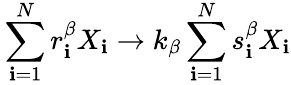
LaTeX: {}\sum_{\mathbf{i}=1}^{N}r_{\mathbf{i}}^{\beta}X_{\mathbf{i}}\xrightarrow{}{{k_{\beta}}}\sum_{\mathbf{i}=1}^{N}s_{\mathbf{i}}^{\beta}X_{\mathbf{i}}